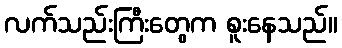
လက်သည်းကြီးတွေက စူးနေသည်။